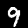
Digit: 9